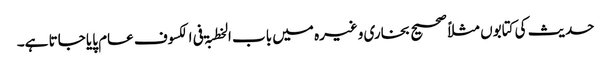
حدیث کی کتابوں مثلاً صحیح بخاری وغیرہ میں باب الخطبۃ فی الکسوف عام پایا جاتا ہے۔